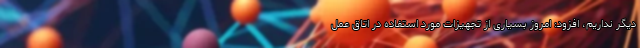
دیگر نداریم، افزود: امروز بسیاری از تجهیزات مورد استفاده در اتاق عمل